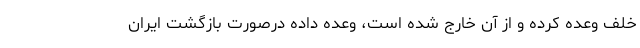
خلف وعده کرده و از آن خارج شده است، وعده داده درصورت بازگشت ایران